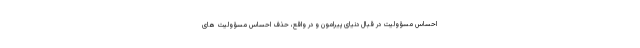
احساس مسؤولیت در قبال دنیای پیرامون و در واقع، حذف احساس مسؤولیت های